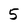
Character: 5